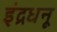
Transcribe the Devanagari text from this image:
इंद्रधनू